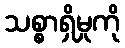
သစ္စာရှိမှုကို